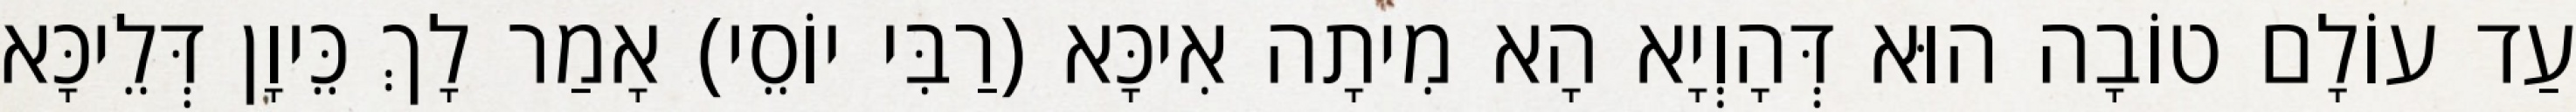
עַד עוֹלָם טוֹבָה הוּא דְּהָוְיָא הָא מִיתָה אִיכָּא (רַבִּי יוֹסֵי) אָמַר לָךְ כֵּיוָן דְּלֵיכָּא